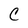
Character: C